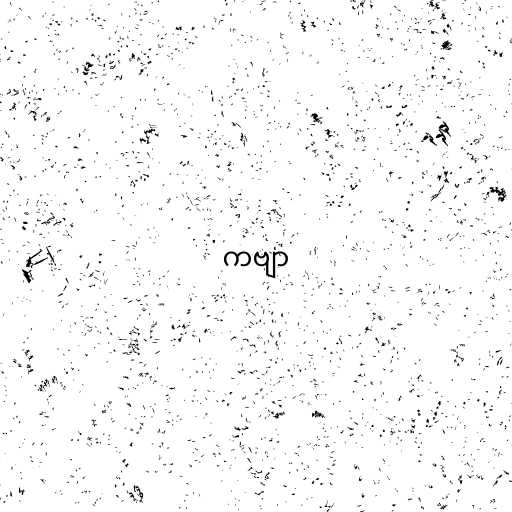
ကဗျာ